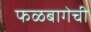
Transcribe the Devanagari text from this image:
फळबागेची